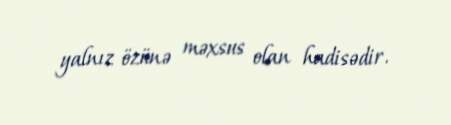
yalnız özünə məxsus olan hadisədir.